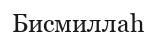
Бисмиллаһ